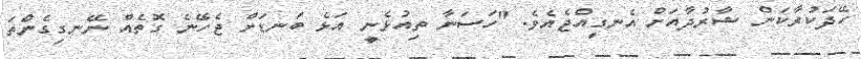
ހޭދަކުރާކަން ޝާރުދާއަށް އެނގިއްޖެއެވެ. "ހަސަނާ ތިއުޅެނީ އަޅެ ބަނޑަށް ޖެހޭނެ ގޮތެއް ނޭނގިގެންތަ